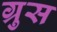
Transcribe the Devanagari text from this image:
ग्रुस